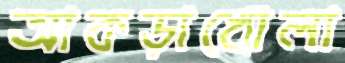
আকড়াখোলা